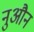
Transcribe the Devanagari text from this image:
नुऔन